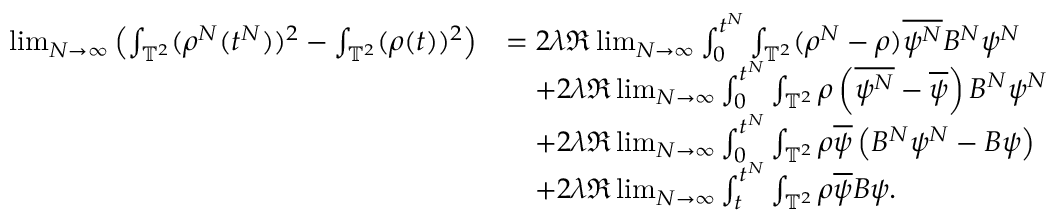
\begin{array} { r l } { \operatorname* { l i m } _ { N \rightarrow \infty } \left( \int _ { \mathbb { T } ^ { 2 } } ( \rho ^ { N } ( t ^ { N } ) ) ^ { 2 } - \int _ { \mathbb { T } ^ { 2 } } ( \rho ( t ) ) ^ { 2 } \right) } & { = 2 \lambda \Re \operatorname* { l i m } _ { N \rightarrow \infty } \int _ { 0 } ^ { t ^ { N } } \int _ { \mathbb { T } ^ { 2 } } ( \rho ^ { N } - \rho ) \overline { { \psi ^ { N } } } B ^ { N } \psi ^ { N } } \\ & { \quad + 2 \lambda \Re \operatorname* { l i m } _ { N \rightarrow \infty } \int _ { 0 } ^ { t ^ { N } } \int _ { \mathbb { T } ^ { 2 } } \rho \left( \overline { { \psi ^ { N } } } - \overline { { \psi } } \right) B ^ { N } \psi ^ { N } } \\ & { \quad + 2 \lambda \Re \operatorname* { l i m } _ { N \rightarrow \infty } \int _ { 0 } ^ { t ^ { N } } \int _ { \mathbb { T } ^ { 2 } } \rho \overline { { \psi } } \left( B ^ { N } \psi ^ { N } - B \psi \right) } \\ & { \quad + 2 \lambda \Re \operatorname* { l i m } _ { N \rightarrow \infty } \int _ { t } ^ { t ^ { N } } \int _ { \mathbb { T } ^ { 2 } } \rho \overline { { \psi } } B \psi . } \end{array}